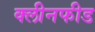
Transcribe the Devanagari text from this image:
क्लीनफीड